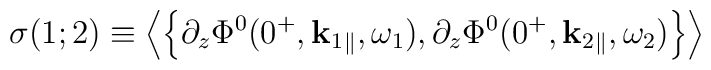
\sigma(1;2)\equiv \left\langle\left\{\partial_z\Phi^0(0^+,{\bf k}_1{}_{\|},\omega_1),\partial_z\Phi^0(0^+,{\bf k}_2{}_{\|},\omega_2)\right\}\right\rangle